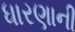
ધારણાની